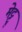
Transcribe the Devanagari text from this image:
मेट्टू